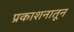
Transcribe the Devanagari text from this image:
प्रकाशनातून